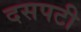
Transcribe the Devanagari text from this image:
दसपटी